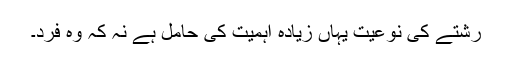
رشتے کی نوعیت یہاں زیادہ اہمیت کی حامل ہے نہ کہ وہ فرد۔